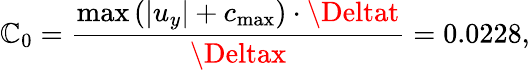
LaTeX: {\mathbb{C}_{0}}=\frac{{{\operatorname*{max}\left({\left|{{u_{y}}}\right|+{c_{\operatorname*{max}}}}\right)\cdot\Deltat}}}{{{\Deltax}}}=0.0228,